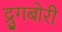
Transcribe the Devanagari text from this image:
द्रुगबोरी